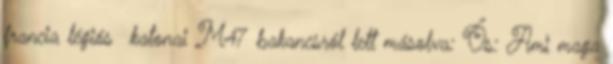
francia légiós katonai M47 bakancsról lett másolva: Ős: Ami maga